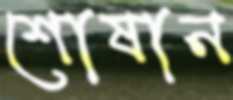
শোষান